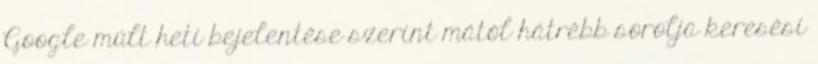
Google múlt heti bejelentése szerint mától hátrébb sorolja keresési